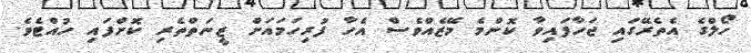
ހޯލްގެ އެތެރޭގައި ޖަހާފައިވާ ކޮންމެ މޭޒެއްވެސް އެހާ ފުރިހަމައަށް ޒީނަތްތެރި ކޮށްފައި ހުއްޓެވެ.